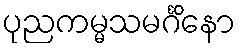
ပုညကမ္မသမင်္ဂိနော